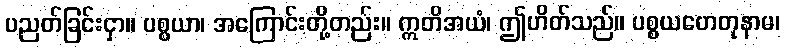
ပညတ်ခြင်းငှာ။ ပစ္စယာ၊ အကြောင်းတို့တည်း။ ဣတိအယံ၊ ဤဟိတ်သည်။ ပစ္စယဟေတုနာမ၊